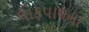
લોકપાલના